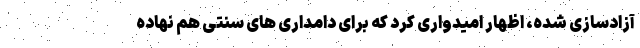
آزادسازی شده، اظهار امیدواری کرد که برای دامداری های سنتی هم نهاده